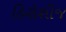
હિરોશીજ